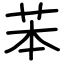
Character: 苯